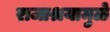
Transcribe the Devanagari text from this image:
राजाश्रयामुळे